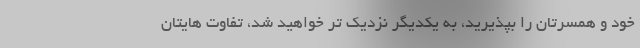
خود و همسرتان را بپذیرید، به یکدیگر نزدیک تر خواهید شد، تفاوت هایتان